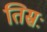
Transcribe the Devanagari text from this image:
तिस्रः